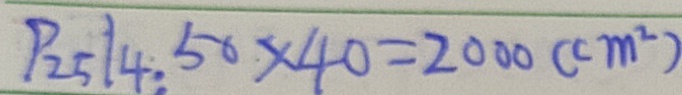
P _ { 2 5 } 1 4 : 5 0 \times 4 0 = 2 0 0 0 ( c m ^ { 2 } )